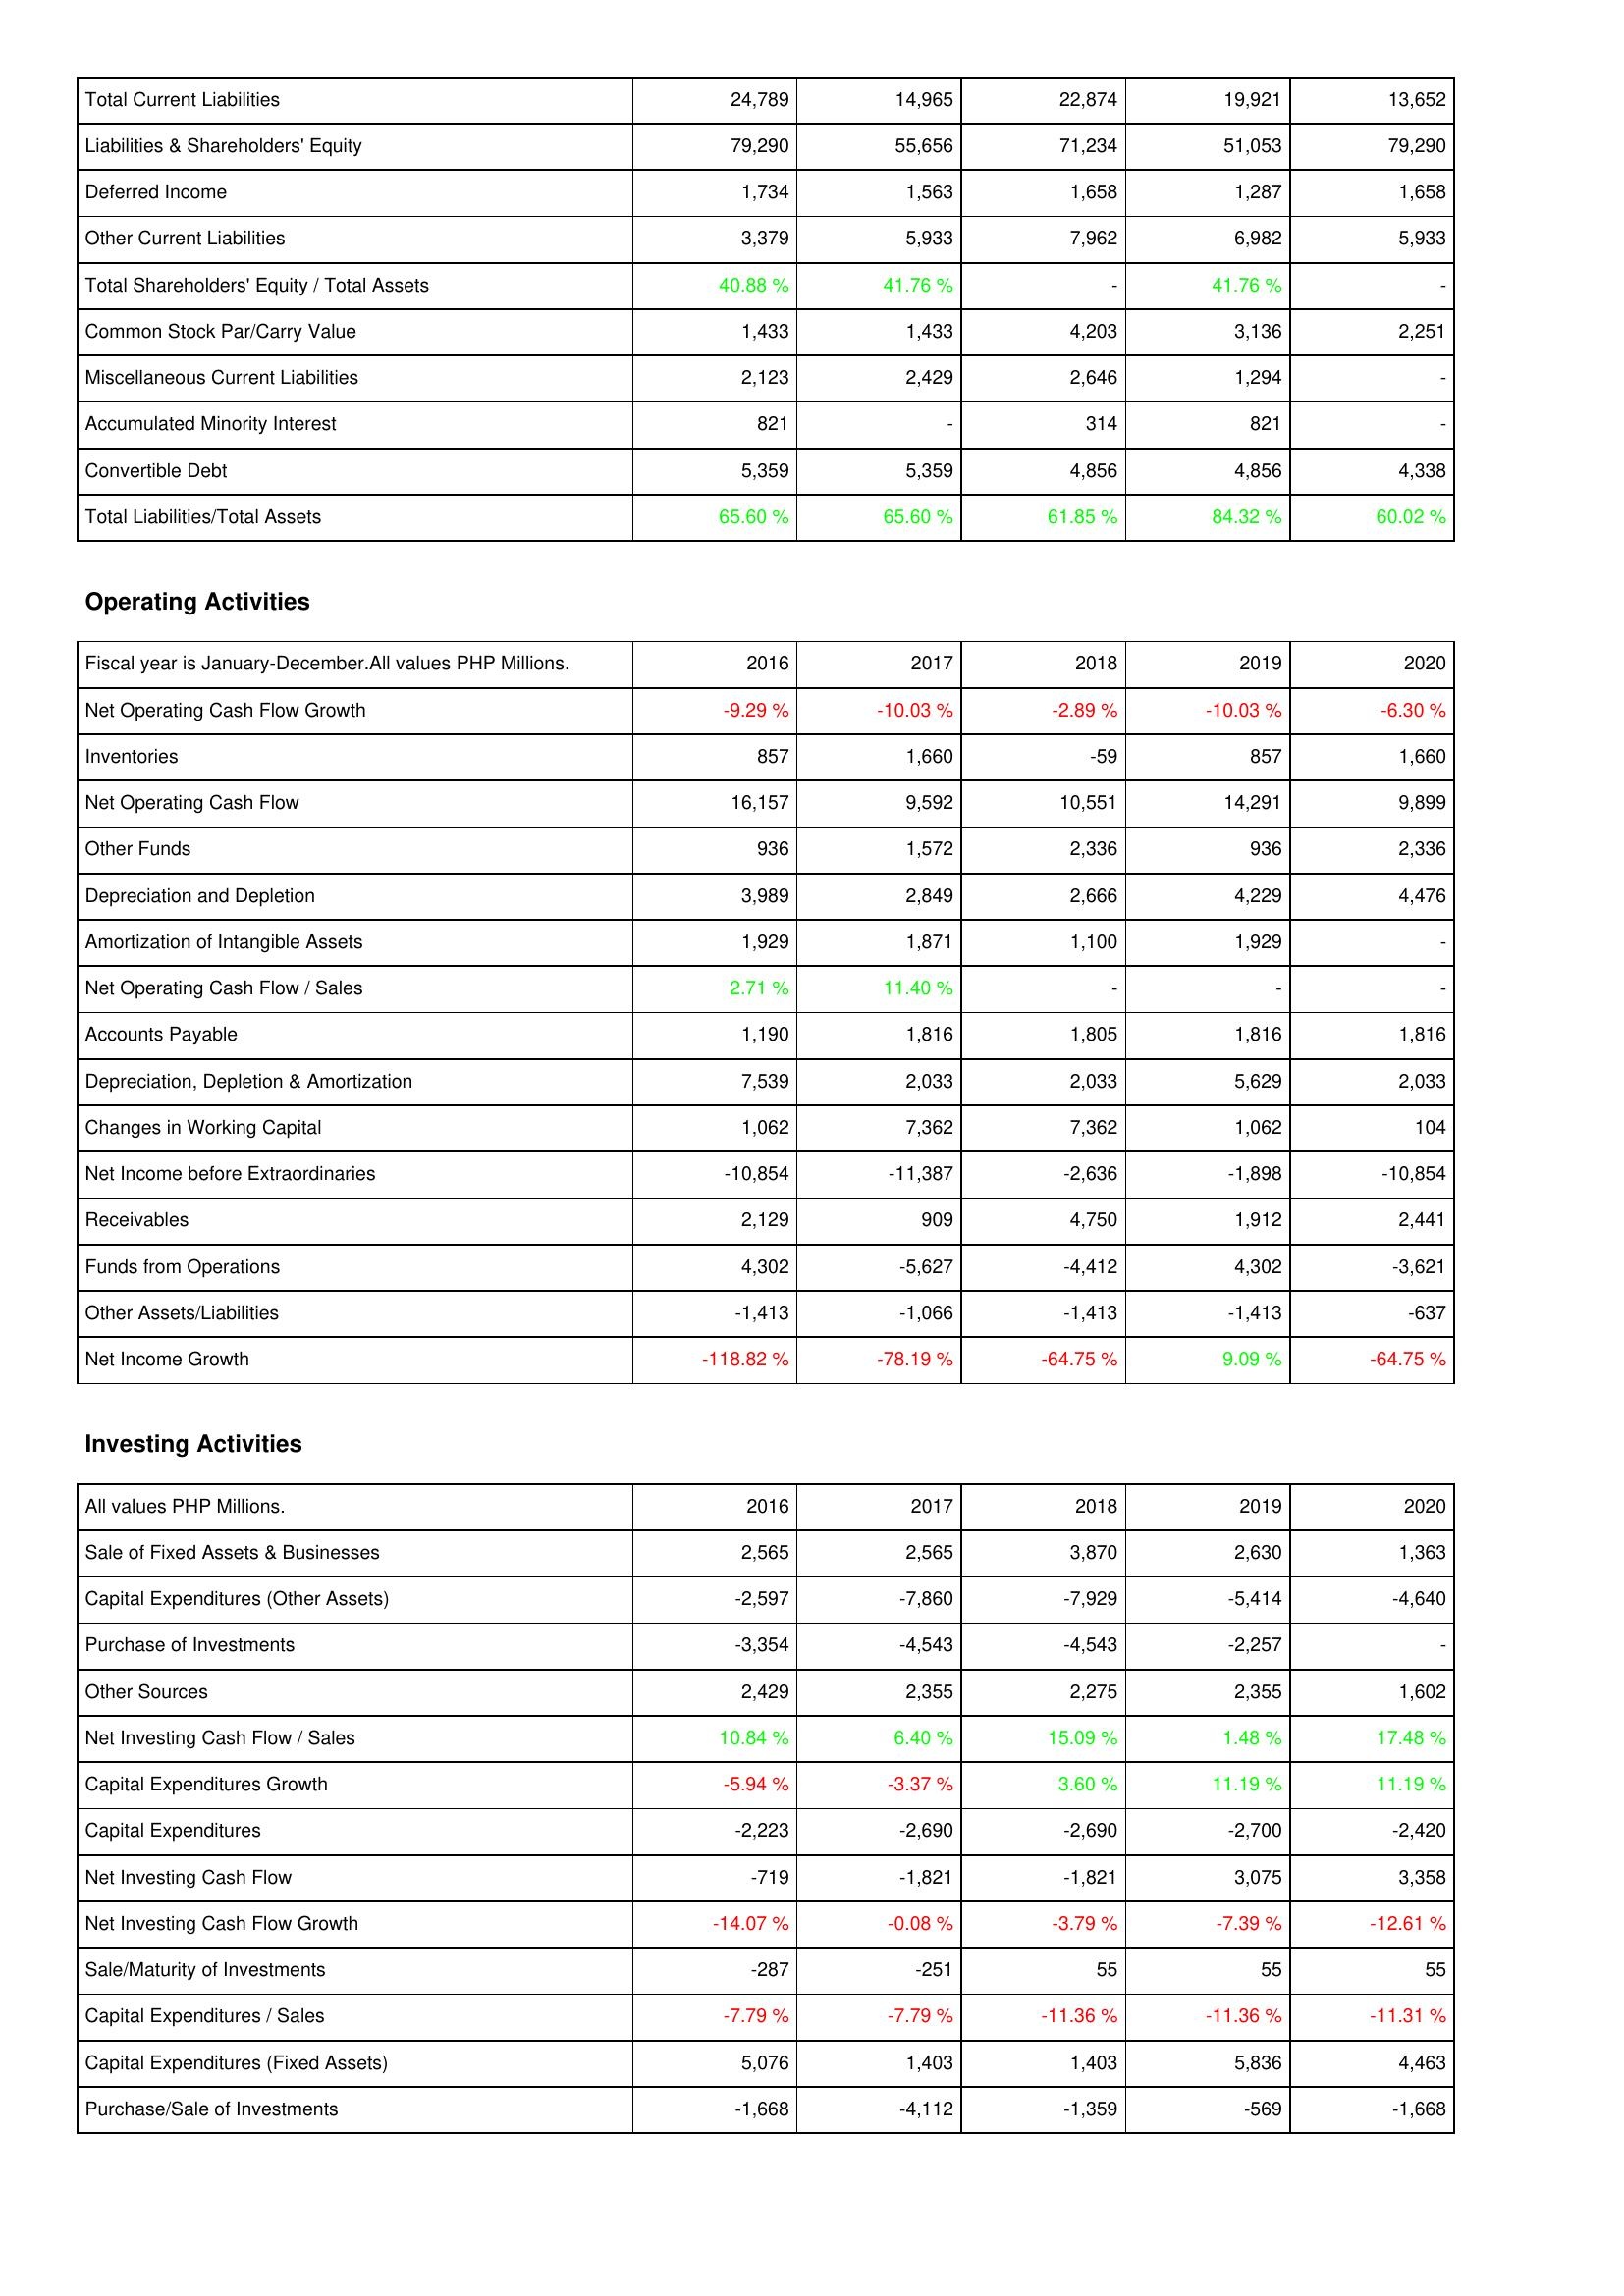
2016: Liabilities & Shareholders' Equity: Total Current Liabilities: 24,789
Liabilities & Shareholders' Equity: 79,290
Deferred Income: 1,734
Other Current Liabilities: 3,379
Total Shareholders' Equity / Total Assets: 40.88 %
Common Stock Par/Carry Value: 1,433
Miscellaneous Current Liabilities: 2,123
Accumulated Minority Interest: 821
Convertible Debt: 5,359
Total Liabilities/Total Assets: 65.60 %
Operating Activities: Net Operating Cash Flow Growth: -9.29 %
Inventories: 857
Net Operating Cash Flow: 16,157
Other Funds: 936
Depreciation and Depletion: 3,989
Amortization of Intangible Assets: 1,929
Net Operating Cash Flow / Sales: 2.71 %
Accounts Payable: 1,190
Depreciation, Depletion & Amortization: 7,539
Changes in Working Capital: 1,062
Net Income before Extraordinaries: -10,854
Receivables: 2,129
Funds from Operations: 4,302
Other Assets/Liabilities: -1,413
Net Income Growth: -118.82 %
Investing Activities: Sale of Fixed Assets & Businesses: 2,565
Capital Expenditures (Other Assets): -2,597
Purchase of Investments: -3,354
Other Sources: 2,429
Net Investing Cash Flow / Sales: 10.84 %
Capital Expenditures Growth: -5.94 %
Capital Expenditures: -2,223
Net Investing Cash Flow: -719
Net Investing Cash Flow Growth: -14.07 %
Sale/Maturity of Investments: -287
Capital Expenditures / Sales: -7.79 %
Capital Expenditures (Fixed Assets): 5,076
Purchase/Sale of Investments: -1,668
2017: Liabilities & Shareholders' Equity: Total Current Liabilities: 14,965
Liabilities & Shareholders' Equity: 55,656
Deferred Income: 1,563
Other Current Liabilities: 5,933
Total Shareholders' Equity / Total Assets: 41.76 %
Common Stock Par/Carry Value: 1,433
Miscellaneous Current Liabilities: 2,429
Accumulated Minority Interest: -
Convertible Debt: 5,359
Total Liabilities/Total Assets: 65.60 %
Operating Activities: Net Operating Cash Flow Growth: -10.03 %
Inventories: 1,660
Net Operating Cash Flow: 9,592
Other Funds: 1,572
Depreciation and Depletion: 2,849
Amortization of Intangible Assets: 1,871
Net Operating Cash Flow / Sales: 11.40 %
Accounts Payable: 1,816
Depreciation, Depletion & Amortization: 2,033
Changes in Working Capital: 7,362
Net Income before Extraordinaries: -11,387
Receivables: 909
Funds from Operations: -5,627
Other Assets/Liabilities: -1,066
Net Income Growth: -78.19 %
Investing Activities: Sale of Fixed Assets & Businesses: 2,565
Capital Expenditures (Other Assets): -7,860
Purchase of Investments: -4,543
Other Sources: 2,355
Net Investing Cash Flow / Sales: 6.40 %
Capital Expenditures Growth: -3.37 %
Capital Expenditures: -2,690
Net Investing Cash Flow: -1,821
Net Investing Cash Flow Growth: -0.08 %
Sale/Maturity of Investments: -251
Capital Expenditures / Sales: -7.79 %
Capital Expenditures (Fixed Assets): 1,403
Purchase/Sale of Investments: -4,112
2018: Liabilities & Shareholders' Equity: Total Current Liabilities: 22,874
Liabilities & Shareholders' Equity: 71,234
Deferred Income: 1,658
Other Current Liabilities: 7,962
Total Shareholders' Equity / Total Assets: -
Common Stock Par/Carry Value: 4,203
Miscellaneous Current Liabilities: 2,646
Accumulated Minority Interest: 314
Convertible Debt: 4,856
Total Liabilities/Total Assets: 61.85 %
Operating Activities: Net Operating Cash Flow Growth: -2.89 %
Inventories: -59
Net Operating Cash Flow: 10,551
Other Funds: 2,336
Depreciation and Depletion: 2,666
Amortization of Intangible Assets: 1,100
Net Operating Cash Flow / Sales: -
Accounts Payable: 1,805
Depreciation, Depletion & Amortization: 2,033
Changes in Working Capital: 7,362
Net Income before Extraordinaries: -2,636
Receivables: 4,750
Funds from Operations: -4,412
Other Assets/Liabilities: -1,413
Net Income Growth: -64.75 %
Investing Activities: Sale of Fixed Assets & Businesses: 3,870
Capital Expenditures (Other Assets): -7,929
Purchase of Investments: -4,543
Other Sources: 2,275
Net Investing Cash Flow / Sales: 15.09 %
Capital Expenditures Growth: 3.60 %
Capital Expenditures: -2,690
Net Investing Cash Flow: -1,821
Net Investing Cash Flow Growth: -3.79 %
Sale/Maturity of Investments: 55
Capital Expenditures / Sales: -11.36 %
Capital Expenditures (Fixed Assets): 1,403
Purchase/Sale of Investments: -1,359
2019: Liabilities & Shareholders' Equity: Total Current Liabilities: 19,921
Liabilities & Shareholders' Equity: 51,053
Deferred Income: 1,287
Other Current Liabilities: 6,982
Total Shareholders' Equity / Total Assets: 41.76 %
Common Stock Par/Carry Value: 3,136
Miscellaneous Current Liabilities: 1,294
Accumulated Minority Interest: 821
Convertible Debt: 4,856
Total Liabilities/Total Assets: 84.32 %
Operating Activities: Net Operating Cash Flow Growth: -10.03 %
Inventories: 857
Net Operating Cash Flow: 14,291
Other Funds: 936
Depreciation and Depletion: 4,229
Amortization of Intangible Assets: 1,929
Net Operating Cash Flow / Sales: -
Accounts Payable: 1,816
Depreciation, Depletion & Amortization: 5,629
Changes in Working Capital: 1,062
Net Income before Extraordinaries: -1,898
Receivables: 1,912
Funds from Operations: 4,302
Other Assets/Liabilities: -1,413
Net Income Growth: 9.09 %
Investing Activities: Sale of Fixed Assets & Businesses: 2,630
Capital Expenditures (Other Assets): -5,414
Purchase of Investments: -2,257
Other Sources: 2,355
Net Investing Cash Flow / Sales: 1.48 %
Capital Expenditures Growth: 11.19 %
Capital Expenditures: -2,700
Net Investing Cash Flow: 3,075
Net Investing Cash Flow Growth: -7.39 %
Sale/Maturity of Investments: 55
Capital Expenditures / Sales: -11.36 %
Capital Expenditures (Fixed Assets): 5,836
Purchase/Sale of Investments: -569
2020: Liabilities & Shareholders' Equity: Total Current Liabilities: 13,652
Liabilities & Shareholders' Equity: 79,290
Deferred Income: 1,658
Other Current Liabilities: 5,933
Total Shareholders' Equity / Total Assets: -
Common Stock Par/Carry Value: 2,251
Miscellaneous Current Liabilities: -
Accumulated Minority Interest: -
Convertible Debt: 4,338
Total Liabilities/Total Assets: 60.02 %
Operating Activities: Net Operating Cash Flow Growth: -6.30 %
Inventories: 1,660
Net Operating Cash Flow: 9,899
Other Funds: 2,336
Depreciation and Depletion: 4,476
Amortization of Intangible Assets: -
Net Operating Cash Flow / Sales: -
Accounts Payable: 1,816
Depreciation, Depletion & Amortization: 2,033
Changes in Working Capital: 104
Net Income before Extraordinaries: -10,854
Receivables: 2,441
Funds from Operations: -3,621
Other Assets/Liabilities: -637
Net Income Growth: -64.75 %
Investing Activities: Sale of Fixed Assets & Businesses: 1,363
Capital Expenditures (Other Assets): -4,640
Purchase of Investments: -
Other Sources: 1,602
Net Investing Cash Flow / Sales: 17.48 %
Capital Expenditures Growth: 11.19 %
Capital Expenditures: -2,420
Net Investing Cash Flow: 3,358
Net Investing Cash Flow Growth: -12.61 %
Sale/Maturity of Investments: 55
Capital Expenditures / Sales: -11.31 %
Capital Expenditures (Fixed Assets): 4,463
Purchase/Sale of Investments: -1,668